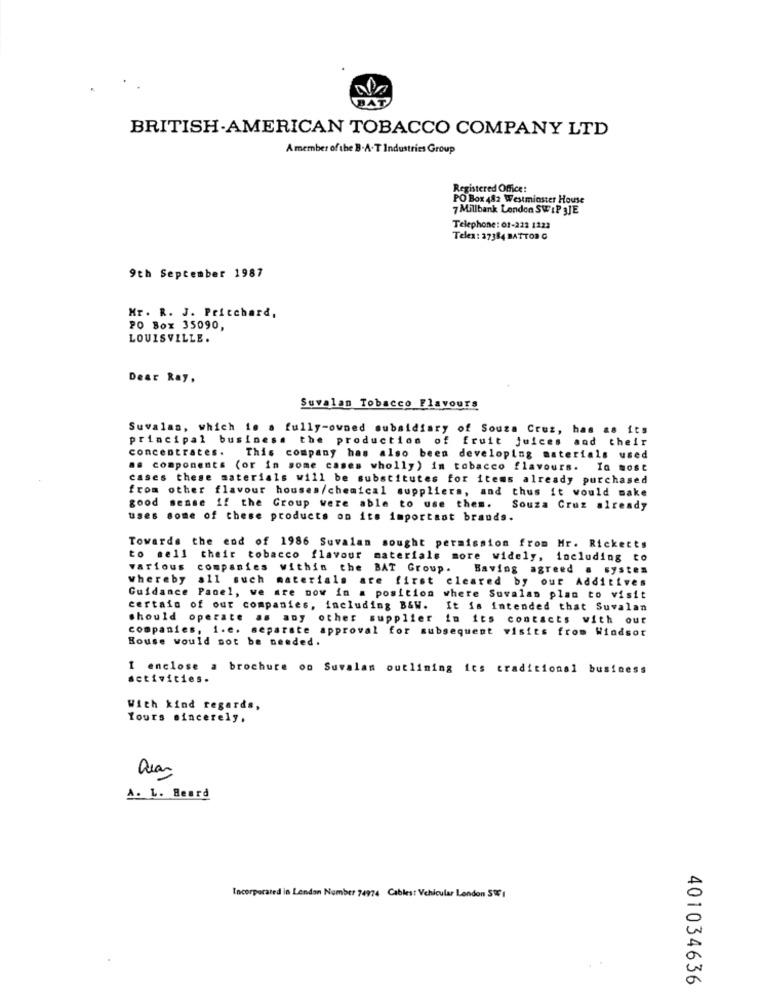
GAT
BRITISH-AMERICAN TOBACCO COMPANY LTD
Amember of the B.A.T Industries Group
Registered Office:
PO Box 482 Westminster House
7 Millbank London SWIP JJE
Telephone: 01-222 1223
Telex : 37384 BATTOR C
9th September 1987
Mr. R. J. Pritchard,
PO Box 35090,
LOUISVILLE.
Dear Ray,
Suvalan Tobacco Flavours
Suvalas, which is a fully-owned subsidiary of Souza Cruz, has as its
principal business the production of fruit juices and their
concentrates. This company has also been developing materials used
as components (or in some cases wholly) in tobacco flavours. In most
cases these materials will be substitutes for items already purchased
from other flavour houses/chemical suppliers, and thus it would make
good sense if the Group were able to use them.
Souza Cruz already
uses some of these products on its important brands.
Towards the end of 1986 Suvalan sought permission from Mr. Ricketts
to sell their tobacco flavour materials more widely, including to
various
companies within the BAT Group.
Baving agreed
system
Whereby all such
materials are first cleared by our
Additives
Guidance Panel, we are now in a position where Suvalam plan to visit
certain of our companies, including B&W.
It is intended that Suvalan
should operate as any other supplier in its contacts with our
companies, i.e. separate approval for subsequent visits from Windsor
Bouse would not be needed.
I enclose a brochure on Suvalam outlining ics traditional business
activities.
With kind regards,
Yours sincerely,
S
A. L. Beard
Incorporated in Lendon Number 74974 Cables! Vehicular London STE I
401034636